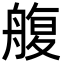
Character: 𦩟